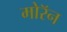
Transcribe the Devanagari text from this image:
मोरॅन